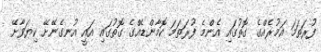
ފުރަތަމަ އަމުރެއްގެ ގޮތުގައި އެންމެ ފުރަތަމަ ކޮމާންޑެއްގެ ގޮތުގައި އައީ އުނގެނޭށޭ ކިޔަވާށޭ